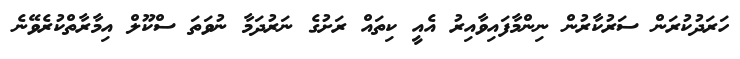
ހަރަދުކުރަން ސަރުކާރުން ނިންމާފައިވާއިރު އެއީ ކިތައް ރަށުގެ ނަރުދަމާ ނުވަތަ ސްކޫލް އިމާރާތްކުރެވޭނެ